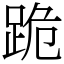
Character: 跪